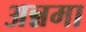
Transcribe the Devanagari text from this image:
अन्नमा